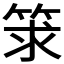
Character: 𥭑